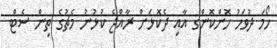
ހޯމަ ދުވަހު ހޮންކޮންގ އާއި ދެކޮޅަށް ރާއްޖެ ކުޅުނު މެޗުގެ ތިން ސެޓް